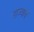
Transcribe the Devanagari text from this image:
राज्याचं